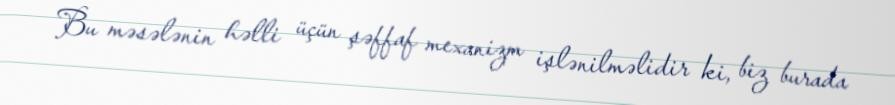
Bu məsələnin həlli üçün şəffaf mexanizm işlənilməlidir ki, biz burada